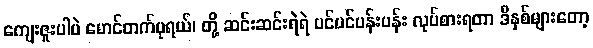
ကျေးဇူးပါပဲ မောင်တက်ပုရယ်၊ တို့ ဆင်းဆင်းရဲရဲ ပင်ပင်ပန်းပန်း လုပ်စားရတာ ဒီနှစ်များတော့